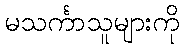
မသင်္ကာသူများကို